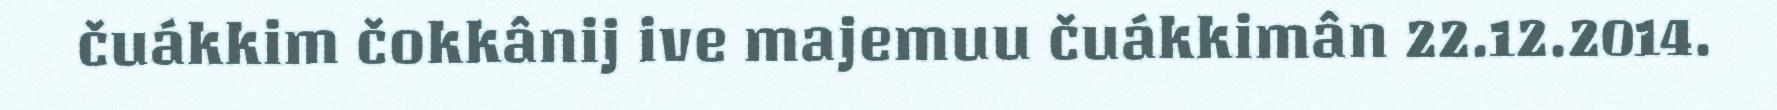
čuákkim čokkânij ive majemuu čuákkimân 22.12.2014.